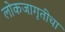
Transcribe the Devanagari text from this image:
लोकजागृतीचा